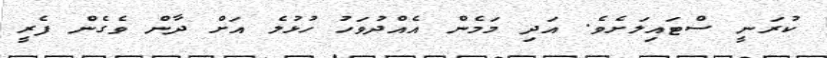
ކުރަނީ ސްޓައިލަށެވެ. އަދި މަމެން އެއްދުވަހު ހުޅުލެ އަށް ދާން ވެެގެން ފެރީ